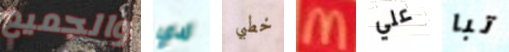
والجميع لدي خطبي M علي تبا